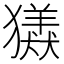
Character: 𤢮